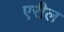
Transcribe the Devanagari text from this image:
एरील